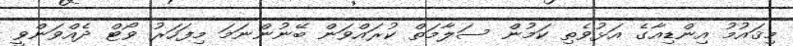
މިޤައުމު އިންޑިއާގެ އަޅުވެތި ކަމުން ސަލާމަތް ކުރައްވަން ބޭނުންނަމަ މިފަހަރު ވޯޓް ދެއްވަންވީ